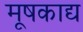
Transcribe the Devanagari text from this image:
मूषकाद्य